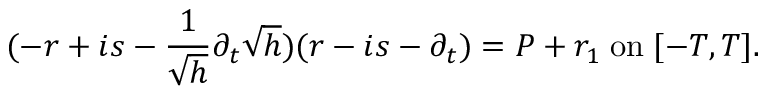
( - r + i s - \frac { 1 } { \sqrt { h } } \partial _ { t } \sqrt { h } ) ( r - i s - \partial _ { t } ) = P + r _ { 1 } \; \mathrm { o n } \; [ - T , T ] .